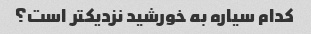
کدام سیاره به خورشید نزدیکتر است؟